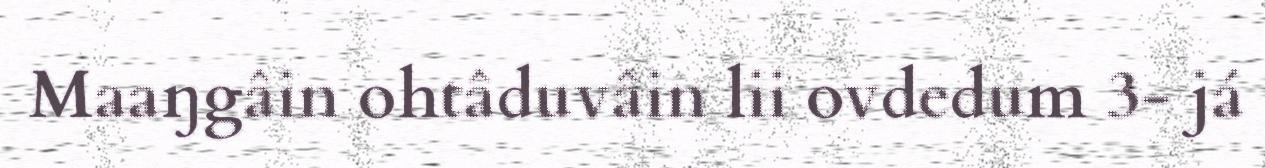
Maaŋgâin ohtâduvâin lii ovdedum 3- já